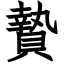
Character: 贄